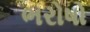
ભરોષો